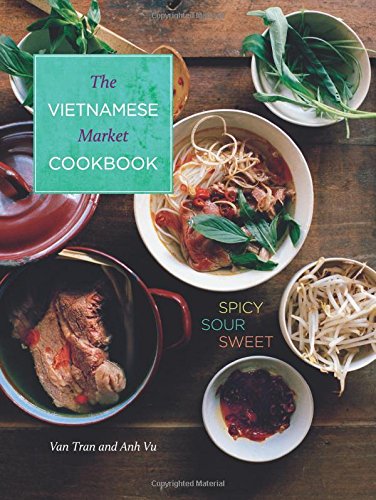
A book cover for Vietnamese Market Cookbook: Spicy Sour Sweet; Van Tran; Cookbooks, Food & Wine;